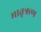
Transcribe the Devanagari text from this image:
मातृऋण